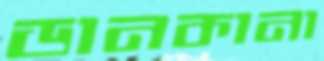
ডানকানা